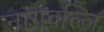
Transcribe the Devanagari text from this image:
नागवल्लि